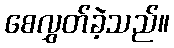
စေလွှတ်ခဲ့သည်။